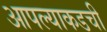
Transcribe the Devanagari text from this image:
आपल्याकडची